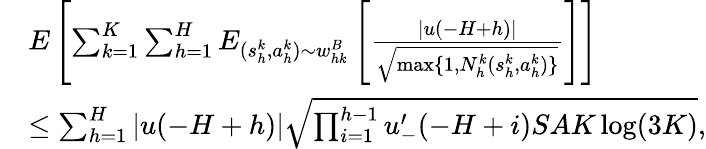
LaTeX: \begin{array}{rl}&{E\left[\sum_{k=1}^{K}\sum_{h=1}^{H}E_{(s_{h}^{k},a_{h}^{k})\sim w_{hk}^{B}}\left[\frac{\vert u(-H+h)\vert}{\sqrt{\operatorname*{max}\{ 1,N_{h}^{k}(s_{h}^{k},a_{h}^{k})\} }}\right]\right]}\\ &{\leq\sum_{h=1}^{H}\vert u(-H+h)\vert\sqrt{\prod_{i=1}^{h-1}u_{-}^{\prime}(-H+i)SAK\log(3K)},}\end{array}